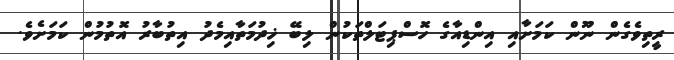
ރީތިވެގެން ނޫން ކަމަށާއި އިންޑިއާގެ ހޮސްޕިޓަލްތަކުން ލިބޭ ޚިދުމަތާއިމެދު އިތުބާރު އޮތުމުން ކަމަށެވެ.